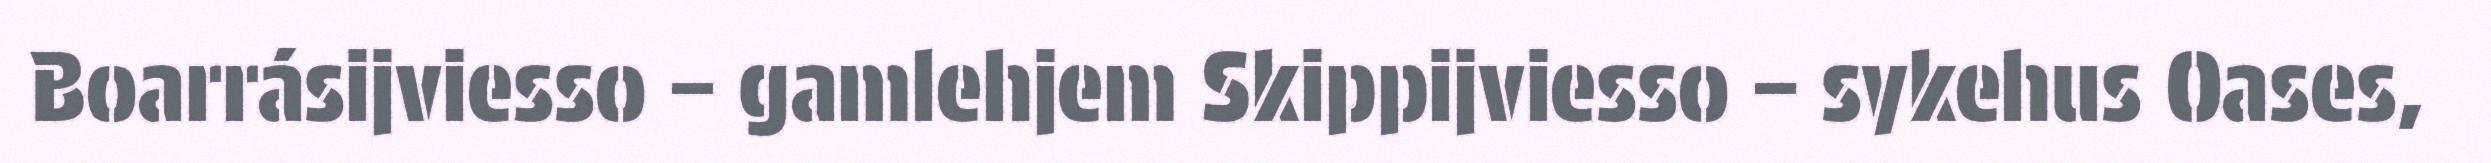
Boarrásijviesso – gamlehjem Skippijviesso – sykehus Oases,